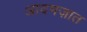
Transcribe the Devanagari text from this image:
आदमज़ात